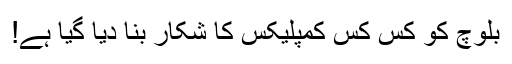
بلوچ کو کس کس کمپلیکس کا شکار بنا دیا گیا ہے!